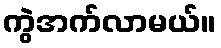
ကွဲအက်လာမယ်။